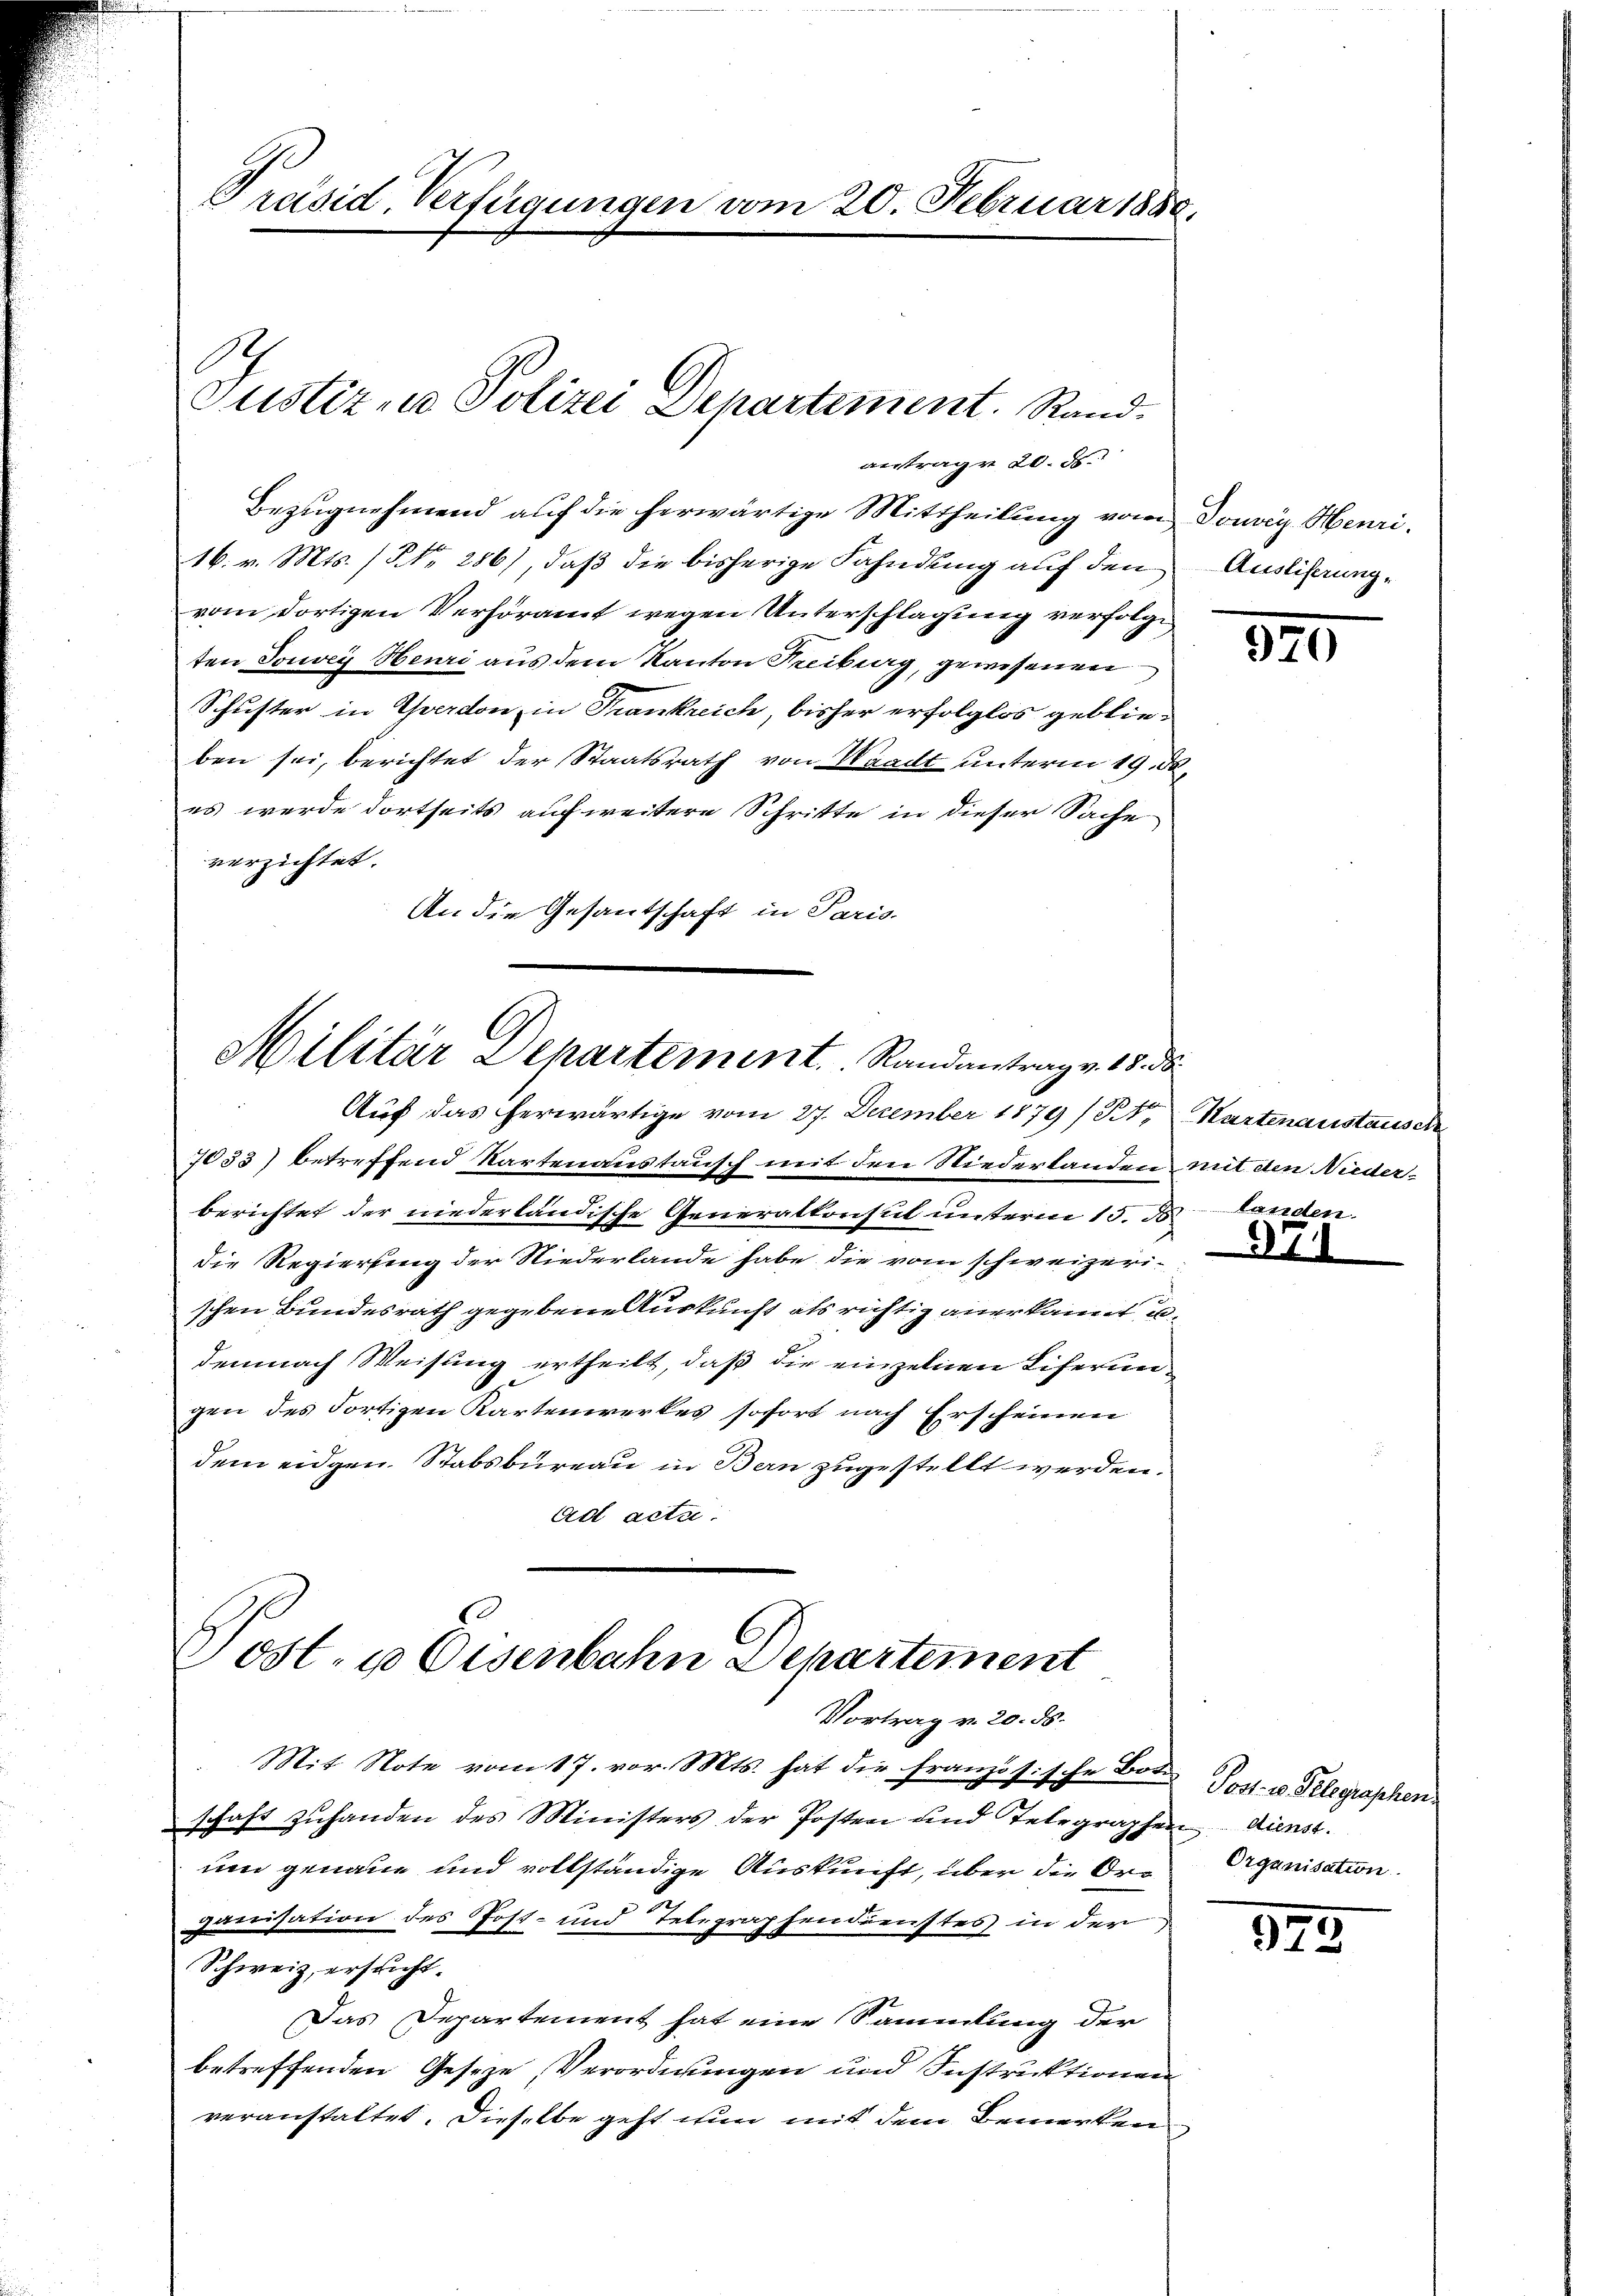
Bezugnehmend auf die herwärtige Mittheilung vom Dorvey Henri
16. v. Mts. (NNo. 286), daß die bisherige Fahndung auf den Auslichtungvom dortigen Verhöramt wegen Unterschlagung verfolge
ten Jowvey Henri aus dem Kanton Treiburg, gewesenen
Schuster in Yverdon, in Frankreich, bisher erfolglos geblieben sei, berichtet der Staatsrath von Waadt unterm 19. de
es werde dortseits auf weitere Schritte in dieser Sache
verzichtet.
An die Gesantschaft in Paris.

Présid, Verfügungen vom 20. Februar 1880.

Justiz- u Polizei Departement. Rand.
vertragen 20. ds.

Militär Departement.   Randantrag v. 18. ds.

Auf das herwärtige vom 27. December 1879 (St. Kartenaustausch
7033) betreffend Kartenanstausch mit den Niederlanden mit den Nieder-
berichtet der niederländische Generalkonsul unterm 15. Dr. Landen.
die Regierung der Niederlande habe die vom schweizerischen Bundesrath gegebene Auskunft als richtig anerkannt u.
demnach Weisung ertheilt, daß die einzelnen Liferungen des Fortigen Kartenwerkes sofort nach Erscheinen
dem eidgen. Stabsbureau in Bern zugestellt werden.
ad acte.

g
Post- u Eisenbahn Departement
Vortrag v. 20. ds.
Mit Note vom 17. vor. Mts. hat die Französische Bote Post- u. Telegraphen

schaft zŭhanden des Ministers der Posten und Telegraphen dienst.
um genaue und vollständige Auskunft, über die Organisation des Post- und Telegraphendienstes in der
Schweiz, ersucht.
Das Departement hat eine Sammlung der
betreffenden Geseze, Verordnungen und Instruktionen
veranstaltet. Dieselbe geht nun mit dem Bemerken

970

97.

Organisation.

349